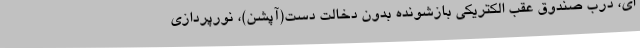
ای، درب صندوق عقب الکتریکی بازشونده بدون دخالت دست(آپشن)، نورپردازی